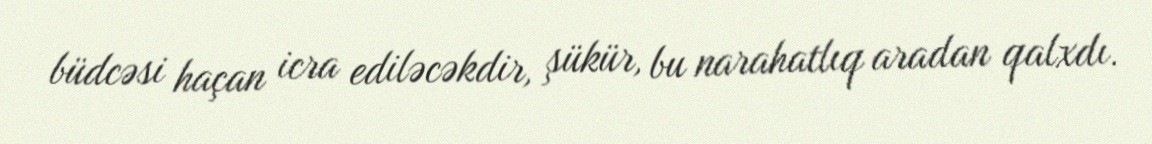
büdcəsi haçan icra ediləcəkdir, şükür, bu narahatlıq aradan qalxdı.